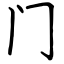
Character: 门